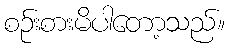
စဉ်းစားမိပါတော့သည်။